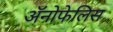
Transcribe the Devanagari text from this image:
अॅनोफेलिस